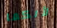
لأنكما